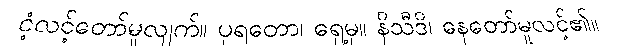
ငံ့လင့်တော်မူလျက်။ ပုရတော၊ ရှေ့မှ။ နိသီဒိ၊ နေတော်မူလင့်၏။